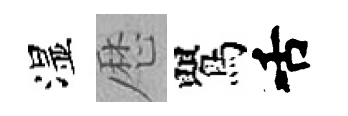
湿厯鸎舌